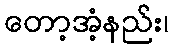
တော့အံ့နည်း၊